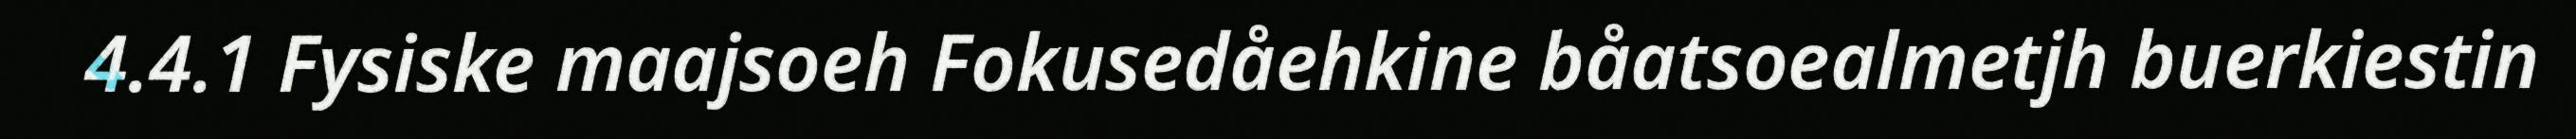
4.4.1 Fysiske maajsoeh Fokusedåehkine båatsoealmetjh buerkiestin